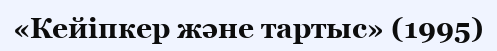
«Кейiпкер және тартыс» (1995)